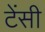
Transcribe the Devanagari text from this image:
टेंसी